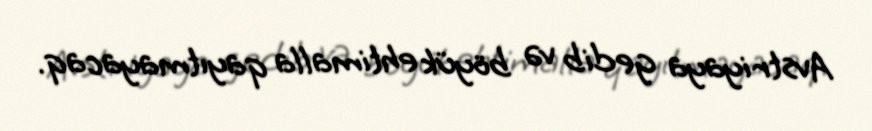
Avstriyaya gedib və böyük ehtimalla qayıtmayacaq.